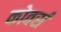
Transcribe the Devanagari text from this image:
कोवर्स